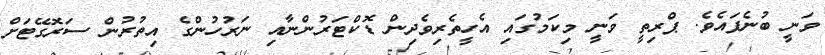
ވަނީ ބުނެފައެވެ. ޕްރިތީ ވަނީ މިކަމުގައި އެހީތެރިވެދިން ޑޮކްޓަރުންނާއި ނަރުހުންގެ އިތުރުން ސަރޮގޭޓަށް